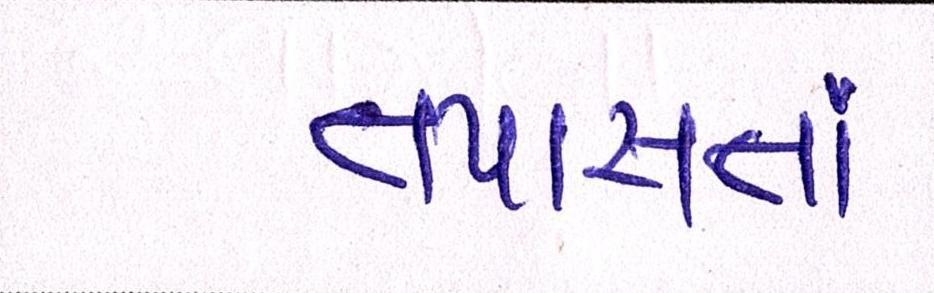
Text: તપાસતાં